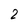
Character: 2